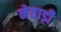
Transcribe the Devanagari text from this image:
नेवाड़ी